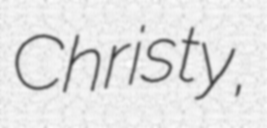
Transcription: Christy,